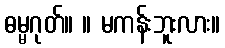
ဓမ္မဂုတ်။ ။ မကန်းဘူးလား။